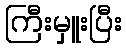
ကြီးမှူးပြီး